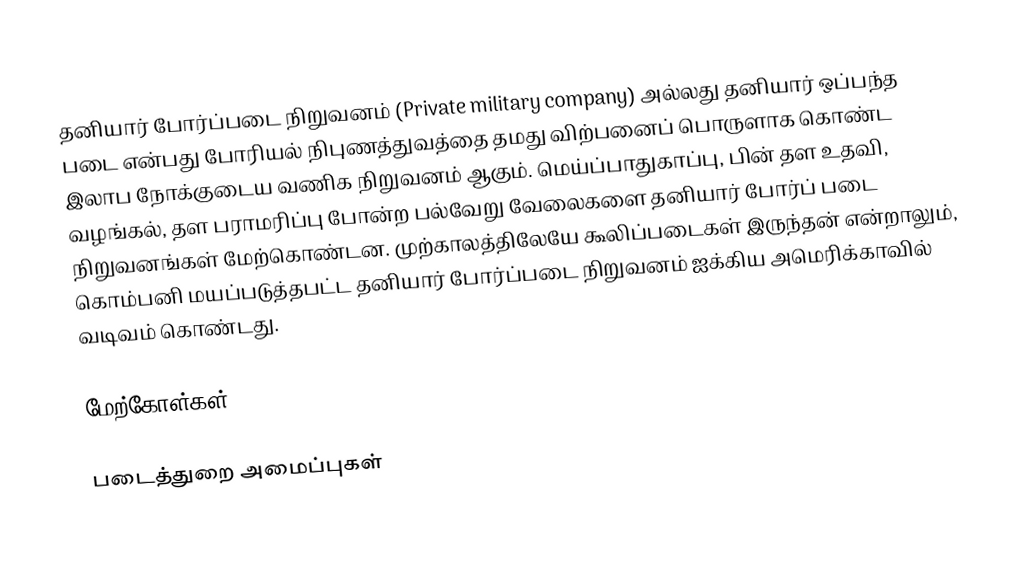
தனியார் போர்ப்படை நிறுவனம் (Private military company) அல்லது தனியார் ஒப்பந்த படை என்பது போரியல் நிபுணத்துவத்தை தமது விற்பனைப் பொருளாக கொண்ட இலாப நோக்குடைய வணிக நிறுவனம் ஆகும். மெய்ப்பாதுகாப்பு, பின் தள உதவி, வழங்கல், தள பராமரிப்பு போன்ற பல்வேறு வேலைகளை தனியார் போர்ப் படை நிறுவனங்கள் மேற்கொண்டன. முற்காலத்திலேயே கூலிப்படைகள் இருந்தன் என்றாலும், கொம்பனி மயப்படுத்தபட்ட தனியார் போர்ப்படை நிறுவனம் ஐக்கிய அமெரிக்காவில் வடிவம் கொண்டது.

மேற்கோள்கள்

படைத்துறை அமைப்புகள்